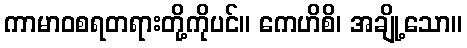
ကာမာဝစရတရားတို့ကိုပင်။ ကေဟိစိ၊ အချို့သော။